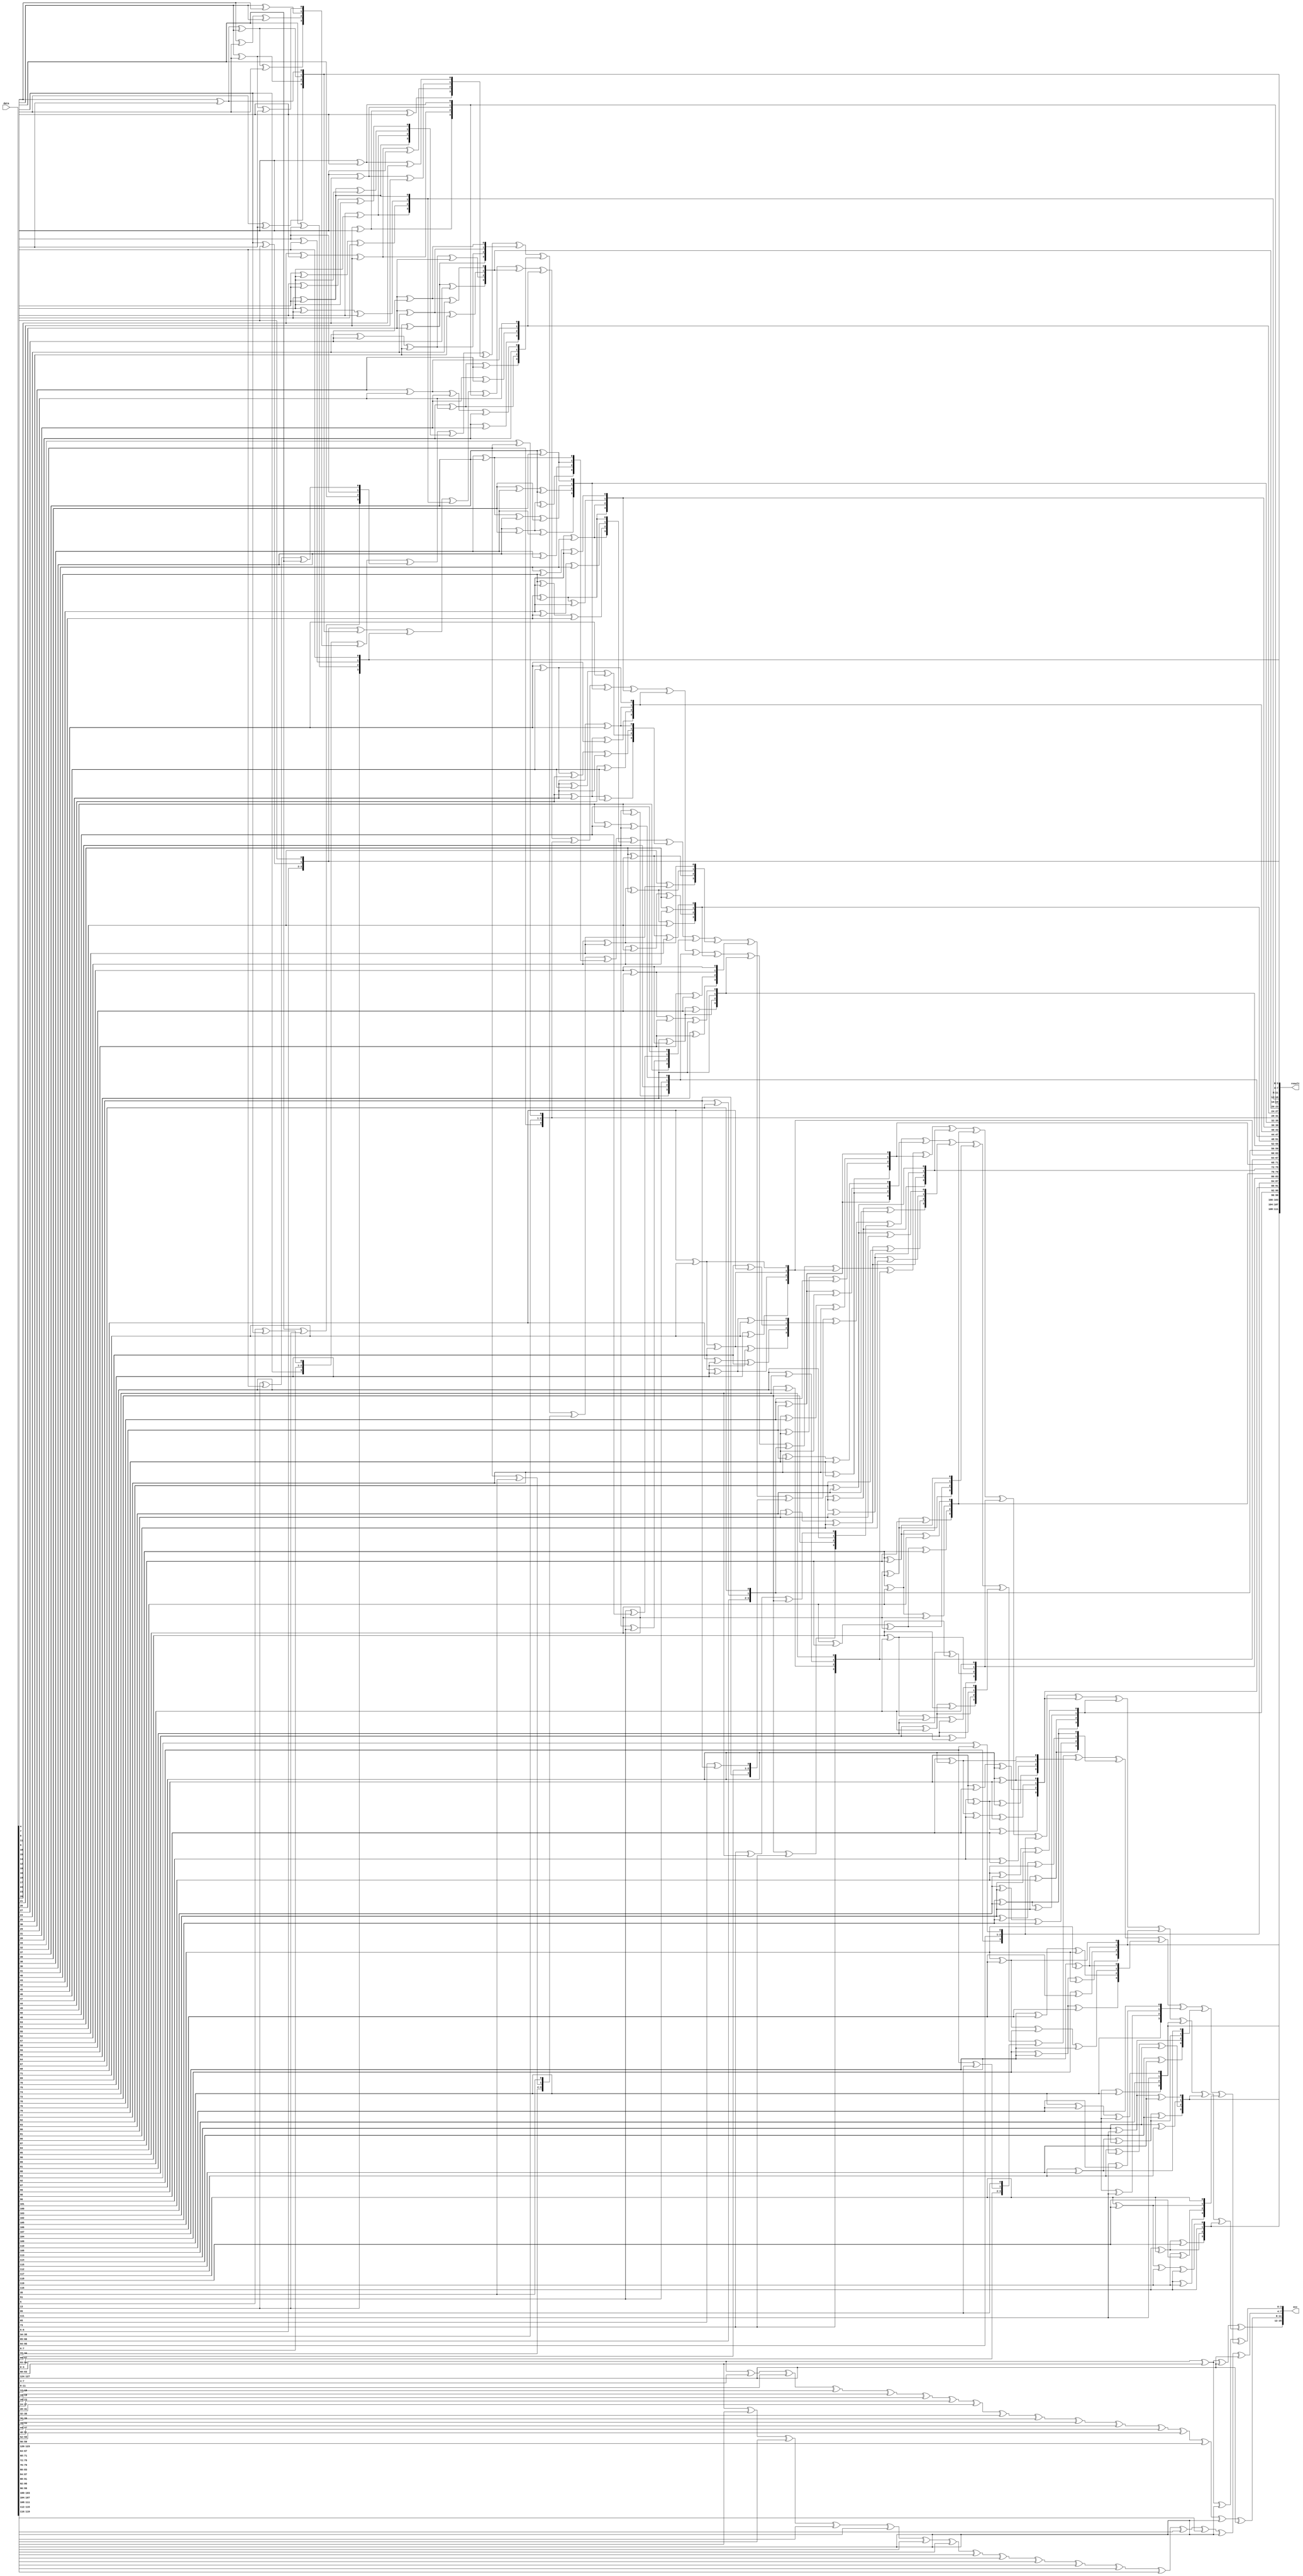
// ========== Copyright Header Begin ==========================================
// 
// OpenSPARC T1 Processor File: dram_ecc_gen.v
// Copyright (c) 2006 Sun Microsystems, Inc.  All Rights Reserved.
// DO NOT ALTER OR REMOVE COPYRIGHT NOTICES.
// 
// The above named program is free software; you can redistribute it and/or
// modify it under the terms of the GNU General Public
// License version 2 as published by the Free Software Foundation.
// 
// The above named program is distributed in the hope that it will be 
// useful, but WITHOUT ANY WARRANTY; without even the implied warranty of
// MERCHANTABILITY or FITNESS FOR A PARTICULAR PURPOSE.  See the GNU
// General Public License for more details.
// 
// You should have received a copy of the GNU General Public
// License along with this work; if not, write to the Free Software
// Foundation, Inc., 51 Franklin St, Fifth Floor, Boston, MA 02110-1301, USA.
// 
// ========== Copyright Header End ============================================
//Galois multiplication by 4 
//GF (2 ^ 4) mult - primitive polynomial is 10011
//
//                                a3 a2 a1 a0
//                                b3 b2 b1 b0
//
//                        a3*b0 a2*b0 a1*b0 a0*b0
//                  a3*b1 a2*b1 a1*b1 a0*b1
//            a3*b2 a2*b2 a1*b2 a0*b2
//      a3*b3 a2*b3 a1*b3 a0*b3
//------------------------------------------------
//        s6   s5    s4    s3   s2    s1    s0
//        s6               s6   s6
//             s5               s5    s5
//                   s4               s4    s4
//------------------------------------------------
//			   p3   p2    p1    p0
//
//pw0 = a0*b0 + a1*b3 + a2*b2 + a3*b1
//pw1 = a1*b0 + a0*b1 + a3*b2 + a2*b3 + a3*b1 + a2*b2 + a1*b3
//pw2 = a2*b0 + a1*b1 + a0*b2 + a3*b3 + a3*b2 + a2*b3
//pw3 = a3*b0 + a2*b1 + a1*b2 + a0*b3 + a3*b3

// SYNDROMES
//P1(4 bits) = W0 + 2*W1 + 3*W2 +  4*W3 + 5*W4 + 6*W5 + 7*W6 + 8*W7 +
//               9*W8 + A*W9 + B*W10 + C*W11 + D*W12 + E*W13 + F*W14 +
//               W15 + 2*W16 + 3*W17 + 4*W18 + 5*W19 + 6*W20 + 7*W21 + 8*W22 +
//               9*W23 + A*W24 + B*W25 + C*W26 + D*W27 + E*W28 + F*W29 + W31
//
//P2(4 bits) =  W0 + W1 + W2 + W3 + W4 + W5 + W6 + W7 + W8 + W9 + W10 +
//                W11 + W12 + W13 + W14 + W30 + W31
//
//P3(4 bits) = W15 + W16 + W17 + W18 + W19 + W20 + W21 + W22 + W23 + W24 +
//               W25 + W26 + W27 + W28 + W29 + W30 + W31
//
//P4(4 bits) = W0 + 9*W1 + E*W2 +  D*W3 + B*W4 + 7*W5 + 6*W6 + F*W7 +
//             	2*W8 + C*W9 + 5*W10 + A*W11 + 4*W12 + 3*W13 + 8*W14 +
//             	W15 + 9*W16 + E*W17 + D*W18 + B*W19 + 7*W20 + 6*W21 + F*W22 +
//              2*W23 + C*W24 + 5*W25 + A*W26 + 4*W27 + 3*W28 + 8*W29 + W30

module dram_ecc_gen (/*AUTOARG*/
   // Inputs
   data,
   // Outputs
   result,
   ecc
   );

// Input Declarations
input [127:0] data;

// Output Declarations
output [111:0] result;
output [15:0] ecc;
 
// Wire Declarations

wire [3:0]	w0;
wire [3:0]	w1;
wire [3:0]	w2;
wire [3:0]	w3;
wire [3:0]	w4;
wire [3:0]	w5;
wire [3:0]	w6;
wire [3:0]	w7;
wire [3:0]	w8;
wire [3:0]	w9;
wire [3:0]	w10;
wire [3:0]	w11;
wire [3:0]	w12;
wire [3:0]	w13;
wire [3:0]	w14;
wire [3:0]	w15;
wire [3:0]	w16;
wire [3:0]	w17;
wire [3:0]	w18;
wire [3:0]	w19;
wire [3:0]	w20;
wire [3:0]	w21;
wire [3:0]	w22;
wire [3:0]	w23;
wire [3:0]	w24;
wire [3:0]	w25;
wire [3:0]	w26;
wire [3:0]	w27;
wire [3:0]	w28;
wire [3:0]	w29;
wire [3:0]	w30;
wire [3:0]	w31;

//wire [3:0]	pw0;
wire [3:0]	pw1;
wire [3:0]	pw2;
wire [3:0]	pw3;
wire [3:0]	pw4;
wire [3:0]	pw5;
wire [3:0]	pw6;
wire [3:0]	pw7;
wire [3:0]	pw8;
wire [3:0]	pw9;
wire [3:0]	pw10;
wire [3:0]	pw11;
wire [3:0]	pw12;
wire [3:0]	pw13;
wire [3:0]	pw14;
//wire [3:0]	pw15;
wire [3:0]	pw16;
wire [3:0]	pw17;
wire [3:0]	pw18;
wire [3:0]	pw19;
wire [3:0]	pw20;
wire [3:0]	pw21;
wire [3:0]	pw22;
wire [3:0]	pw23;
wire [3:0]	pw24;
wire [3:0]	pw25;
wire [3:0]	pw26;
wire [3:0]	pw27;
wire [3:0]	pw28;
wire [3:0]	pw29;
//wire [3:0]	pw30;
//wire [3:0]	pw31;

wire [3:0]	pw_1;
wire [3:0]	pw_2;
wire [3:0]	pw_3;
wire [3:0]	pw_4;
wire [3:0]	pw_5;
wire [3:0]	pw_6;
wire [3:0]	pw_7;
wire [3:0]	pw_8;
wire [3:0]	pw_9;
wire [3:0]	pw_10;
wire [3:0]	pw_11;
wire [3:0]	pw_12;
wire [3:0]	pw_13;
wire [3:0]	pw_14;
wire [3:0]	pw_16;
wire [3:0]	pw_17;
wire [3:0]	pw_18;
wire [3:0]	pw_19;
wire [3:0]	pw_20;
wire [3:0]	pw_21;
wire [3:0]	pw_22;
wire [3:0]	pw_23;
wire [3:0]	pw_24;
wire [3:0]	pw_25;
wire [3:0]	pw_26;
wire [3:0]	pw_27;
wire [3:0]	pw_28;
wire [3:0]	pw_29;

///////////////////////////////
////// Code Begins Here ///////
///////////////////////////////

assign w0[3:0]  = data[3:0];
assign w1[3:0]  = data[7:4];
assign w2[3:0]  = data[11:8];
assign w3[3:0]  = data[15:12];
assign w4[3:0]  = data[19:16];
assign w5[3:0]  = data[23:20];
assign w6[3:0]  = data[27:24];
assign w7[3:0]  = data[31:28];
assign w8[3:0]  = data[35:32];
assign w9[3:0]  = data[39:36];
assign w10[3:0] = data[43:40];
assign w11[3:0] = data[47:44];
assign w12[3:0] = data[51:48];
assign w13[3:0] = data[55:52];
assign w14[3:0] = data[59:56];
assign w15[3:0] = data[63:60];
assign w16[3:0] = data[67:64];
assign w17[3:0] = data[71:68];
assign w18[3:0] = data[75:72];
assign w19[3:0] = data[79:76];
assign w20[3:0] = data[83:80];
assign w21[3:0] = data[87:84];
assign w22[3:0] = data[91:88];
assign w23[3:0] = data[95:92];
assign w24[3:0] = data[99:96];
assign w25[3:0] = data[103:100];
assign w26[3:0] = data[107:104];
assign w27[3:0] = data[111:108];
assign w28[3:0] = data[115:112];
assign w29[3:0] = data[119:116];
assign w30[3:0] = data[123:120];
assign w31[3:0] = data[127:124];

/////////////////////////////
/// Galois Multiplication by 4
/////////////////////////////

// 2*w1

assign pw1[0] = w1[3]; 
assign pw1[1] = w1[0] ^ w1[3];
assign pw1[2] = w1[1];
assign pw1[3] = w1[2]; 

// 3*w2

assign pw2[0] = w2[0] ^ w2[3];
assign pw2[1] = w2[0] ^ w2[3] ^ w2[1];
assign pw2[2] = w2[1] ^ w2[2];
assign pw2[3] = w2[2] ^ w2[3];

// 4*w3

assign pw3[0] = w3[2];
assign pw3[1] = w3[3] ^ w3[2]; 
assign pw3[2] = w3[0] ^ w3[3];
assign pw3[3] = w3[1];

// 5*w4

assign pw4[0] = w4[2] ^ w4[0];
assign pw4[1] = w4[3] ^ w4[2] ^ w4[1];
assign pw4[2] = w4[0] ^ w4[3] ^ w4[2];
assign pw4[3] = w4[1] ^ w4[3];

// 6*w5

assign pw5[0] = w5[2] ^ w5[3];
assign pw5[1] = w5[2] ^ w5[0];
assign pw5[2] = w5[0] ^ w5[3] ^ w5[1];
assign pw5[3] = w5[1] ^ w5[2];

// 7*w6

assign pw6[0] = w6[2] ^ w6[3] ^ w6[0];
assign pw6[1] = w6[2] ^ w6[0] ^ w6[1];
assign pw6[2] = w6[0] ^ w6[3] ^ w6[1] ^ w6[2];
assign pw6[3] = w6[1] ^ w6[2] ^ w6[3];

// 8*w7

assign pw7[0] = w7[1];
assign pw7[1] = w7[2] ^ w7[1];
assign pw7[2] = w7[3] ^ w7[2];
assign pw7[3] = w7[0] ^ w7[3];

// 9*w8

assign pw8[0] = w8[1] ^ w8[0];
assign pw8[1] = w8[2];
assign pw8[2] = w8[3];
assign pw8[3] = w8[0];

// a*w9

assign pw9[0] = w9[1] ^ w9[3];
assign pw9[1] = w9[2] ^ w9[1] ^ w9[0] ^ w9[3];
assign pw9[2] = w9[3] ^ w9[2] ^ w9[1];
assign pw9[3] = w9[0] ^ w9[3] ^ w9[2];

// b*w10

assign pw10[0] = w10[1] ^ w10[0] ^ w10[3];
assign pw10[1] = w10[2] ^ w10[0] ^ w10[3];
assign pw10[2] = w10[3] ^ w10[1];
assign pw10[3] = w10[0] ^ w10[2];

// c*w11

assign pw11[0] = w11[1] ^ w11[2];
assign pw11[1] = w11[3] ^ w11[1];
assign pw11[2] = w11[0] ^ w11[2];
assign pw11[3] = w11[0] ^ w11[3] ^ w11[1];

// d*w12

assign pw12[0] = w12[1] ^ w12[2] ^ w12[0];
assign pw12[1] = w12[3];
assign pw12[2] = w12[0];
assign pw12[3] = w12[0] ^ w12[1];

// e*w13

assign pw13[0] = w13[1] ^ w13[2] ^ w13[3];
assign pw13[1] = w13[1] ^ w13[0];
assign pw13[2] = w13[0] ^ w13[2] ^ w13[1];
assign pw13[3] = w13[0] ^ w13[3] ^ w13[1] ^ w13[2];

// f*w14

assign pw14[0] = w14[1] ^ w14[2] ^ w14[3] ^ w14[0];
assign pw14[1] = w14[0];
assign pw14[2] = w14[0] ^ w14[1];
assign pw14[3] = w14[0] ^ w14[1] ^ w14[2];

// 1*w15

//assign pw15[3:0] = w15[3:0];

// 2*w16

assign pw16[0] = w16[3];
assign pw16[1] = w16[0] ^ w16[3];
assign pw16[2] = w16[1];
assign pw16[3] = w16[2];

// 3*w17

assign pw17[0] = w17[0] ^ w17[3];
assign pw17[1] = w17[0] ^ w17[3] ^ w17[1];
assign pw17[2] = w17[1] ^ w17[2];
assign pw17[3] = w17[2] ^ w17[3];

// 4*w18

assign pw18[0] = w18[2];
assign pw18[1] = w18[3] ^ w18[2];
assign pw18[2] = w18[0] ^ w18[3];
assign pw18[3] = w18[1];

// 5*w19

assign pw19[0] = w19[2] ^ w19[0];
assign pw19[1] = w19[3] ^ w19[2] ^ w19[1];
assign pw19[2] = w19[0] ^ w19[3] ^ w19[2];
assign pw19[3] = w19[1] ^ w19[3];

// 6*w20

assign pw20[0] = w20[2] ^ w20[3];
assign pw20[1] = w20[2] ^ w20[0];
assign pw20[2] = w20[0] ^ w20[3] ^ w20[1];
assign pw20[3] = w20[1] ^ w20[2];

// 7*w21

assign pw21[0] = w21[2] ^ w21[3] ^ w21[0];
assign pw21[1] = w21[2] ^ w21[0] ^ w21[1];
assign pw21[2] = w21[0] ^ w21[3] ^ w21[1] ^ w21[2];
assign pw21[3] = w21[1] ^ w21[2] ^ w21[3];

// 8*w22

assign pw22[0] = w22[1];
assign pw22[1] = w22[2] ^ w22[1];
assign pw22[2] = w22[3] ^ w22[2];
assign pw22[3] = w22[0] ^ w22[3];

// 9*w23

assign pw23[0] = w23[1] ^ w23[0];
assign pw23[1] = w23[2];
assign pw23[2] = w23[3];
assign pw23[3] = w23[0];

// a*w24

assign pw24[0] = w24[1] ^ w24[3];
assign pw24[1] = w24[2] ^ w24[1] ^ w24[0] ^ w24[3];
assign pw24[2] = w24[3] ^ w24[2] ^ w24[1];
assign pw24[3] = w24[0] ^ w24[3] ^ w24[2];

// b*w25

assign pw25[0] = w25[1] ^ w25[0] ^ w25[3];
assign pw25[1] = w25[2] ^ w25[0] ^ w25[3];
assign pw25[2] = w25[3] ^ w25[1];
assign pw25[3] = w25[0] ^ w25[2];

// c*w26

assign pw26[0] = w26[1] ^ w26[2];
assign pw26[1] = w26[3] ^ w26[1];
assign pw26[2] = w26[0] ^ w26[2];
assign pw26[3] = w26[0] ^ w26[3] ^ w26[1];

// d*w27

assign pw27[0] = w27[1] ^ w27[2] ^ w27[0];
assign pw27[1] = w27[3];
assign pw27[2] = w27[0];
assign pw27[3] = w27[0] ^ w27[1];

// e*w28

assign pw28[0] = w28[1] ^ w28[2] ^ w28[3];
assign pw28[1] = w28[1] ^ w28[0];
assign pw28[2] = w28[0] ^ w28[2] ^ w28[1];
assign pw28[3] = w28[0] ^ w28[3] ^ w28[1] ^ w28[2];

// f*w29

assign pw29[0] = w29[1] ^ w29[2] ^ w29[3] ^ w29[0];
assign pw29[1] = w29[0];
assign pw29[2] = w29[0] ^ w29[1];
assign pw29[3] = w29[0] ^ w29[1] ^ w29[2];
 
// 1*w30

//assign pw30[3:0] = w30[3:0];

// 1*w31

//assign pw31[3:0] = w31[3:0];

//////////////
// Parity 4 calculations
//////////////

// 2*w8

assign pw_8[0] = w8[3]; 
assign pw_8[1] = w8[0] ^ w8[3];
assign pw_8[2] = w8[1];
assign pw_8[3] = w8[2]; 

// 3*w13

assign pw_13[0] = w13[0] ^ w13[3];
assign pw_13[1] = w13[0] ^ w13[3] ^ w13[1];
assign pw_13[2] = w13[1] ^ w13[2];
assign pw_13[3] = w13[2] ^ w13[3];

// 4*w12

assign pw_12[0] = w12[2];
assign pw_12[1] = w12[3] ^ w12[2]; 
assign pw_12[2] = w12[0] ^ w12[3];
assign pw_12[3] = w12[1];

// 5*w10

assign pw_10[0] = w10[2] ^ w10[0];
assign pw_10[1] = w10[3] ^ w10[2] ^ w10[1];
assign pw_10[2] = w10[0] ^ w10[3] ^ w10[2];
assign pw_10[3] = w10[1] ^ w10[3];

// 6*w6

assign pw_6[0] = w6[2] ^ w6[3];
assign pw_6[1] = w6[2] ^ w6[0];
assign pw_6[2] = w6[0] ^ w6[3] ^ w6[1];
assign pw_6[3] = w6[1] ^ w6[2];

// 7*w5

assign pw_5[0] = w5[2] ^ w5[3] ^ w5[0];
assign pw_5[1] = w5[2] ^ w5[0] ^ w5[1];
assign pw_5[2] = w5[0] ^ w5[3] ^ w5[1] ^ w5[2];
assign pw_5[3] = w5[1] ^ w5[2] ^ w5[3];

// 8*w14

assign pw_14[0] = w14[1];
assign pw_14[1] = w14[2] ^ w14[1];
assign pw_14[2] = w14[3] ^ w14[2];
assign pw_14[3] = w14[0] ^ w14[3];

// 9*w1

assign pw_1[0] = w1[1] ^ w1[0];
assign pw_1[1] = w1[2];
assign pw_1[2] = w1[3];
assign pw_1[3] = w1[0];

// a*w11

assign pw_11[0] = w11[1] ^ w11[3];
assign pw_11[1] = w11[2] ^ w11[1] ^ w11[0] ^ w11[3];
assign pw_11[2] = w11[3] ^ w11[2] ^ w11[1];
assign pw_11[3] = w11[0] ^ w11[3] ^ w11[2];

// b*w4

assign pw_4[0] = w4[1] ^ w4[0] ^ w4[3];
assign pw_4[1] = w4[2] ^ w4[0] ^ w4[3];
assign pw_4[2] = w4[3] ^ w4[1];
assign pw_4[3] = w4[0] ^ w4[2];

// c*w9

assign pw_9[0] = w9[1] ^ w9[2];
assign pw_9[1] = w9[3] ^ w9[1];
assign pw_9[2] = w9[0] ^ w9[2];
assign pw_9[3] = w9[0] ^ w9[3] ^ w9[1];

// d*w3

assign pw_3[0] = w3[1] ^ w3[2] ^ w3[0];
assign pw_3[1] = w3[3];
assign pw_3[2] = w3[0];
assign pw_3[3] = w3[0] ^ w3[1];

// e*w2

assign pw_2[0] = w2[1] ^ w2[2] ^ w2[3];
assign pw_2[1] = w2[1] ^ w2[0];
assign pw_2[2] = w2[0] ^ w2[2] ^ w2[1];
assign pw_2[3] = w2[0] ^ w2[3] ^ w2[1] ^ w2[2];

// f*w7

assign pw_7[0] = w7[1] ^ w7[2] ^ w7[3] ^ w7[0];
assign pw_7[1] = w7[0];
assign pw_7[2] = w7[0] ^ w7[1];
assign pw_7[3] = w7[0] ^ w7[1] ^ w7[2];

// 2*w23

assign pw_23[0] = w23[3]; 
assign pw_23[1] = w23[0] ^ w23[3];
assign pw_23[2] = w23[1];
assign pw_23[3] = w23[2]; 

// 3*w28

assign pw_28[0] = w28[0] ^ w28[3];
assign pw_28[1] = w28[0] ^ w28[3] ^ w28[1];
assign pw_28[2] = w28[1] ^ w28[2];
assign pw_28[3] = w28[2] ^ w28[3];

// 4*w27

assign pw_27[0] = w27[2];
assign pw_27[1] = w27[3] ^ w27[2]; 
assign pw_27[2] = w27[0] ^ w27[3];
assign pw_27[3] = w27[1];

// 5*w25

assign pw_25[0] = w25[2] ^ w25[0];
assign pw_25[1] = w25[3] ^ w25[2] ^ w25[1];
assign pw_25[2] = w25[0] ^ w25[3] ^ w25[2];
assign pw_25[3] = w25[1] ^ w25[3];

// 6*w21

assign pw_21[0] = w21[2] ^ w21[3];
assign pw_21[1] = w21[2] ^ w21[0];
assign pw_21[2] = w21[0] ^ w21[3] ^ w21[1];
assign pw_21[3] = w21[1] ^ w21[2];

// 7*w20

assign pw_20[0] = w20[2] ^ w20[3] ^ w20[0];
assign pw_20[1] = w20[2] ^ w20[0] ^ w20[1];
assign pw_20[2] = w20[0] ^ w20[3] ^ w20[1] ^ w20[2];
assign pw_20[3] = w20[1] ^ w20[2] ^ w20[3];

// 8*w29

assign pw_29[0] = w29[1];
assign pw_29[1] = w29[2] ^ w29[1];
assign pw_29[2] = w29[3] ^ w29[2];
assign pw_29[3] = w29[0] ^ w29[3];

// 9*w16

assign pw_16[0] = w16[1] ^ w16[0];
assign pw_16[1] = w16[2];
assign pw_16[2] = w16[3];
assign pw_16[3] = w16[0];

// a*w26

assign pw_26[0] = w26[1] ^ w26[3];
assign pw_26[1] = w26[2] ^ w26[1] ^ w26[0] ^ w26[3];
assign pw_26[2] = w26[3] ^ w26[2] ^ w26[1];
assign pw_26[3] = w26[0] ^ w26[3] ^ w26[2];

// b*w19

assign pw_19[0] = w19[1] ^ w19[0] ^ w19[3];
assign pw_19[1] = w19[2] ^ w19[0] ^ w19[3];
assign pw_19[2] = w19[3] ^ w19[1];
assign pw_19[3] = w19[0] ^ w19[2];

// c*w24

assign pw_24[0] = w24[1] ^ w24[2];
assign pw_24[1] = w24[3] ^ w24[1];
assign pw_24[2] = w24[0] ^ w24[2];
assign pw_24[3] = w24[0] ^ w24[3] ^ w24[1];

// d*w18

assign pw_18[0] = w18[1] ^ w18[2] ^ w18[0];
assign pw_18[1] = w18[3];
assign pw_18[2] = w18[0];
assign pw_18[3] = w18[0] ^ w18[1];

// e*w17

assign pw_17[0] = w17[1] ^ w17[2] ^ w17[3];
assign pw_17[1] = w17[1] ^ w17[0];
assign pw_17[2] = w17[0] ^ w17[2] ^ w17[1];
assign pw_17[3] = w17[0] ^ w17[3] ^ w17[1] ^ w17[2];

// f*w22

assign pw_22[0] = w22[1] ^ w22[2] ^ w22[3] ^ w22[0];
assign pw_22[1] = w22[0];
assign pw_22[2] = w22[0] ^ w22[1];
assign pw_22[3] = w22[0] ^ w22[1] ^ w22[2];

/////////////////////////////////////////////////////////////////////////
// Final ECC Calculation
// ECC generation logic for the incomming data
/////////////////////////////////////////////////////////////////////////

wire [3:0]	partialsum;
wire [3:0]	p3_partialsum;
wire [3:0]	syndrom0;
wire [3:0]	syndrom1;
wire [3:0]	syndrom2;
wire [3:0]	syndrom3;

// partial sum
assign partialsum[3:0] = pw1 ^ pw2 ^ pw3 ^ pw4 ^ pw5 ^ pw6 ^ pw7 ^ pw8 ^ pw9 ^ pw10 ^
		  pw11 ^ pw12 ^ pw13 ^ pw14 ^ pw16 ^ pw17 ^ pw18 ^ pw19 ^ pw20 ^
		  pw21 ^ pw22 ^ pw23 ^ pw24 ^ pw25 ^ pw26 ^ pw27 ^ pw28 ^ pw29;

assign p3_partialsum = pw_1 ^ pw_2 ^ pw_3 ^ pw_4 ^ pw_5 ^ pw_6 ^ pw_7 ^ pw_8 ^
			pw_9 ^ pw_10 ^ pw_11 ^ pw_12 ^ pw_13 ^ pw_14 ^
			pw_16 ^ pw_17 ^ pw_18 ^ pw_19 ^ pw_20 ^ pw_21 ^ pw_22 ^ pw_23 ^
                        pw_24 ^ pw_25 ^ pw_26 ^ pw_27 ^ pw_28 ^ pw_29;

assign syndrom0[3:0] = w0 ^ w15 ^ w31 ^ partialsum;

assign syndrom1[3:0] = w0 ^ w1 ^ w2 ^ w3 ^ w4 ^ w5 ^ w6 ^ w7 ^ w8 ^ w9 ^ w10 ^
		w11 ^ w12 ^ w13 ^ w14 ^ w30 ^ w31; 

assign syndrom2[3:0] = w15 ^ w16 ^ w17 ^ w18 ^ w19 ^ w20 ^ w21 ^ w22 ^ w23 ^ w24 ^ w25 ^
                w26 ^ w27 ^ w28 ^ w29 ^ w30 ^ w31;

assign syndrom3[3:0] = w0 ^ w15 ^ w30 ^ p3_partialsum;

assign ecc = {syndrom0, syndrom1, syndrom2, syndrom3};
assign result = { pw29, pw28, pw27, pw26, pw25, pw24, pw23, pw22, pw21, pw20, pw19, pw18, pw17, pw16, 
	    	  pw14, pw13, pw12, pw11, pw10, pw9, pw8, pw7, pw6, pw5, pw4, pw3, pw2, pw1};

endmodule